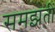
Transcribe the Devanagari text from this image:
समझतीं